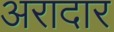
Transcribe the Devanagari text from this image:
अरादार